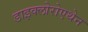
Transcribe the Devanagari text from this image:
डाइक्लोरोएथेन